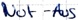
Text: Not-Aus